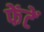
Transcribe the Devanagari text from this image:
फेंटें